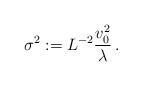
LaTeX: \begin{align*}\sigma^2:=L^{-2}\frac{v_0^2}{\lambda}\,.\end{align*}